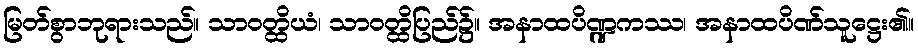
မြတ်စွာဘုရားသည်။ သာဝတ္ထိယံ၊ သာဝတ္ထိပြည်၌။ အနာထပိဏ္ဍကဿ၊ အနာထပိဏ်သူဋ္ဌေး၏။